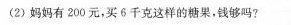
(2)妈妈有200元，买6千克这样的糖果，钱够吗?